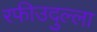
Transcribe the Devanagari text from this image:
रफीउदुल्ला